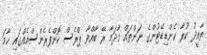
ތާއީދު ކުރާ ކެންޑިޑޭޓުންގެ ނަންތައް މާދަމާ ރޭ ބާއްވާ ޕްރެސް ކޮންފެރެންސްއެއްގައި ހާމަ